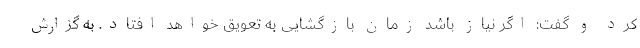
کرد و گفت: اگر نیاز باشد زمان بازگشایی به تعویق خواهد افتاد. به گزارش